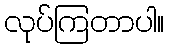
လုပ်ကြတာပါ။